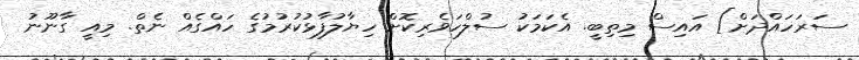
ސަރަހައްދަށް] އައިސް މިތިބީ. އެކަމަކު ސުލްހަވެރިކޮށް ހިޔާލުފާޅުކުރުމުގެ ހައްގެއް ނެތް. މިއީ ގާނޫނު